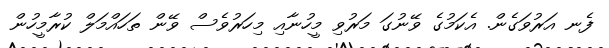
ފެނ އަރުވަގެން. އެކަމުގެ ވޭނުގަ މަރުވި މީހުނާއި މިހަރުވެސް ވޭން ތަހައްމަލް ކުރާމީހުން